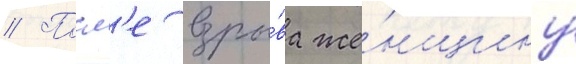
// Посл'е взры́ва же́нщину